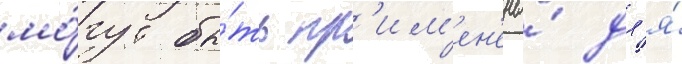
мо́гут бы́ть пр'им'ен'ены́ дл'я́